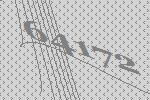
64172